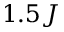
1 . 5 J